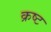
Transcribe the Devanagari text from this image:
क्रष्ट